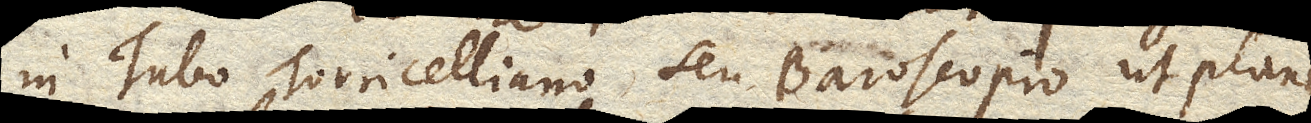
in Tubo Torricelliano seu Baroscopio ut plane